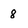
Character: 8